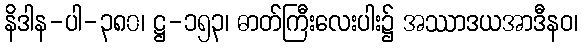
နိဒါန-ပါ-၃၈၀၊ ဋ္ဌ-၁၅၃၊ ဓာတ်ကြီးလေးပါး၌ အဿာဒယအာဒီနဝ၊